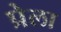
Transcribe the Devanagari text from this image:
प्रेला